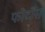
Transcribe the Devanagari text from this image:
फोटोंस